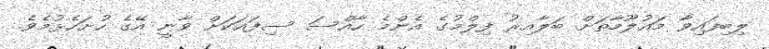
ލިބިފައިވާ މައުލޫމާތަށް ބަލާއިރު ފިލްމުގެ އެންމެ ހާއްސަ ސިފައަކަށް ވާނީ އޭގެ ހުށަހެޅުމެވެ.